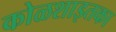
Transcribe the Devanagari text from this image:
कोळशाइतका